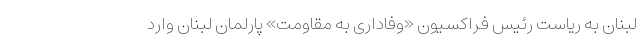
لبنان به ریاست رئیس فراکسیون «وفاداری به مقاومت» پارلمان لبنان وارد